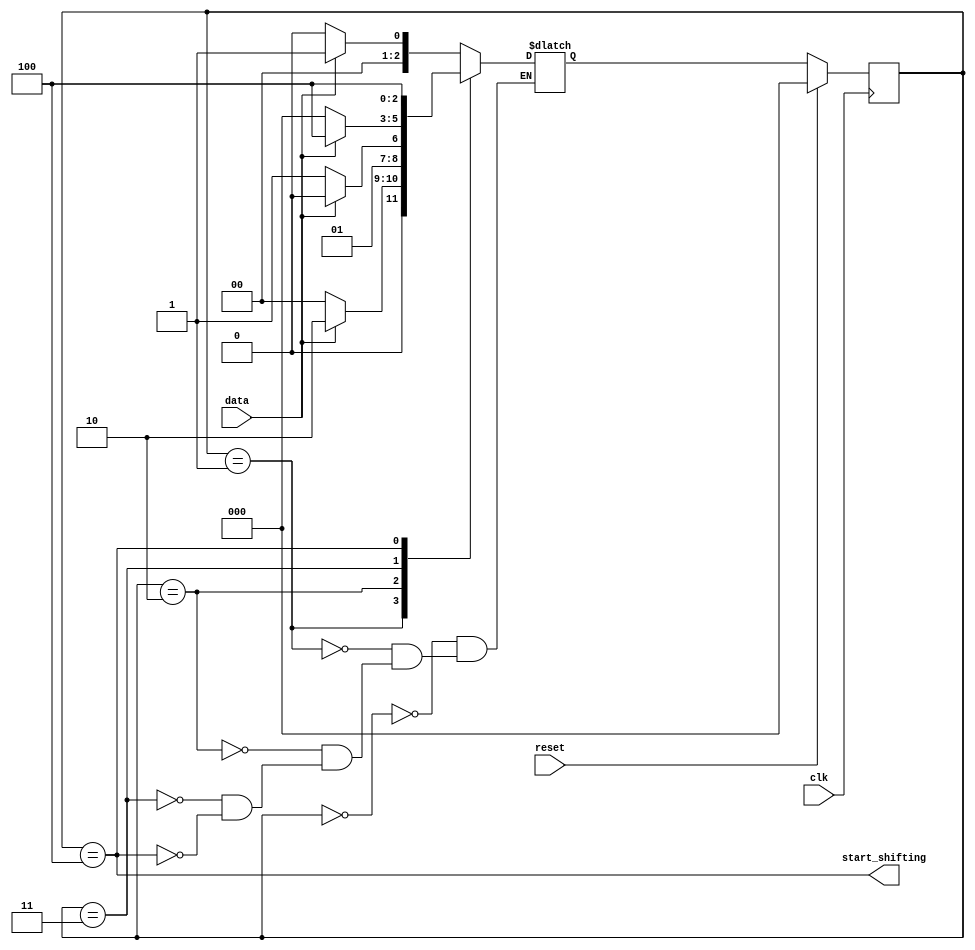
module top_module (
    input clk,
    input reset,      // Synchronous reset
    input data,
    output start_shifting);

    parameter a = 0, b = 1, c = 2, d = 3, e = 4;
    reg [2:0] state, next_state;

    always @(*) begin
        case (state)
            a: next_state = data ? b : a;
            b: next_state = data ? c : a;
            c: next_state = data ? c : d;
            d: next_state = data ? e : a;
            e: next_state = data ? e : e;
        endcase
    end
    always @(posedge clk) begin
        if (reset) begin
            state <= a;
        end
        else begin
            state <= next_state;
        end
    end

    assign start_shifting = (state == e);

endmodule